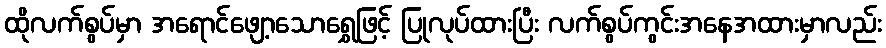
ထိုလက်စွပ်မှာ အရောင်ဖျော့သောရွှေဖြင့် ပြုလုပ်ထားပြီး လက်စွပ်ကွင်းအနေအထားမှာလည်း